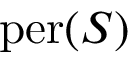
\mathrm { p e r } ( S )